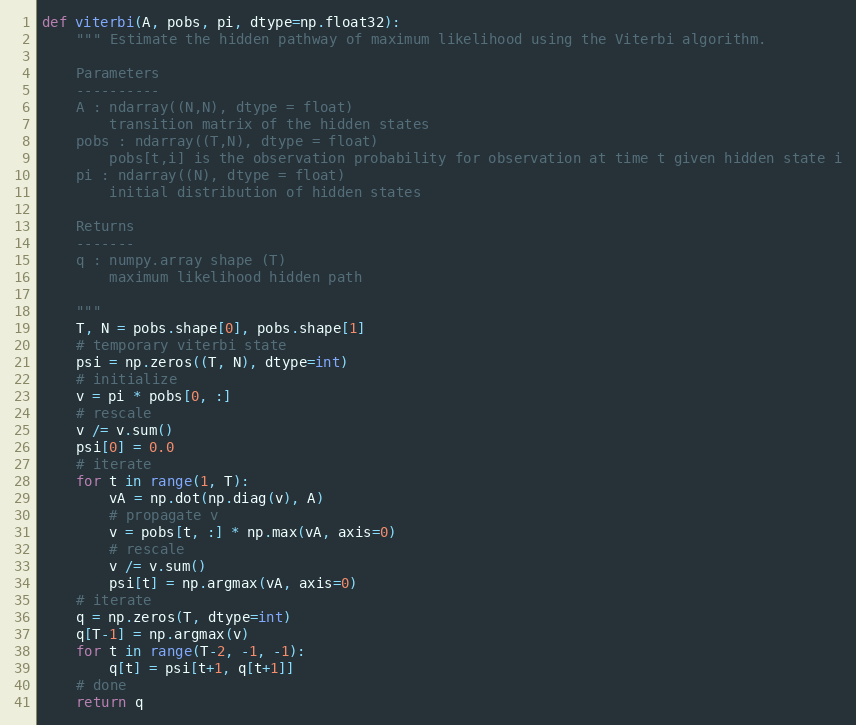
Language: Python
def viterbi(A, pobs, pi, dtype=np.float32):
    """ Estimate the hidden pathway of maximum likelihood using the Viterbi algorithm.

    Parameters
    ----------
    A : ndarray((N,N), dtype = float)
        transition matrix of the hidden states
    pobs : ndarray((T,N), dtype = float)
        pobs[t,i] is the observation probability for observation at time t given hidden state i
    pi : ndarray((N), dtype = float)
        initial distribution of hidden states

    Returns
    -------
    q : numpy.array shape (T)
        maximum likelihood hidden path

    """
    T, N = pobs.shape[0], pobs.shape[1]
    # temporary viterbi state
    psi = np.zeros((T, N), dtype=int)
    # initialize
    v = pi * pobs[0, :]
    # rescale
    v /= v.sum()
    psi[0] = 0.0
    # iterate
    for t in range(1, T):
        vA = np.dot(np.diag(v), A)
        # propagate v
        v = pobs[t, :] * np.max(vA, axis=0)
        # rescale
        v /= v.sum()
        psi[t] = np.argmax(vA, axis=0)
    # iterate
    q = np.zeros(T, dtype=int)
    q[T-1] = np.argmax(v)
    for t in range(T-2, -1, -1):
        q[t] = psi[t+1, q[t+1]]
    # done
    return q